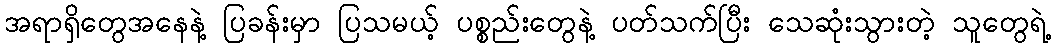
အရာရှိတွေအနေနဲ့ ပြခန်းမှာ ပြသမယ့် ပစ္စည်းတွေနဲ့ ပတ်သက်ပြီး သေဆုံးသွားတဲ့ သူတွေရဲ့